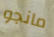
مانجو